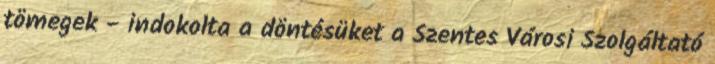
tömegek - indokolta a döntésüket a Szentes Városi Szolgáltató